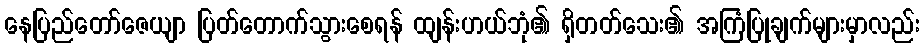
နေပြည်တော်ဇေယျာ ပြတ်တောက်သွားစေရန် ထျန်းဟယ်ဘုံ၏ ရှိတတ်သေး၏ အကြံပြုချက်များမှာလည်း